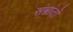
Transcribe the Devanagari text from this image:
संभ्रांतों